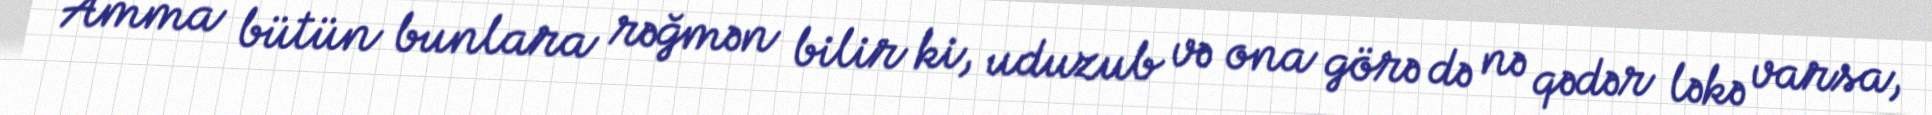
Amma bütün bunlara rəğmən bilir ki, uduzub və ona görə də nə qədər ləkə varsa,